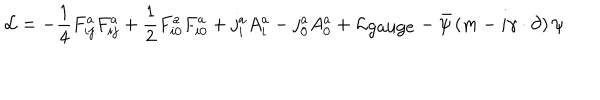
LaTeX: { \cal L } = - \frac { 1 } { 4 } F _ { i j } ^ { a } F _ { i j } ^ { a } + \frac { 1 } { 2 } F _ { i 0 } ^ { a } F _ { i 0 } ^ { a } + j _ { i } ^ { a } A _ { i } ^ { a } - j _ { 0 } ^ { a } A _ { 0 } ^ { a } + { \cal L } _ { \mathrm { g a u g e } } - { \bar { \psi } } \left( m - i { \gamma } \cdot \partial \right) \psi